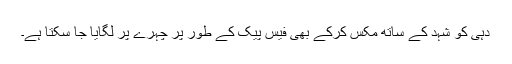
دہی کو شہد کے ساتھ مکس کرکے بھی فیس پیک کے طور پر چہرے پر لگایا جا سکتا ہے۔